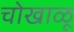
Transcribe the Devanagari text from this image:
चोखाळू